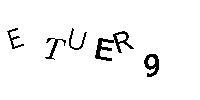
ETUER9